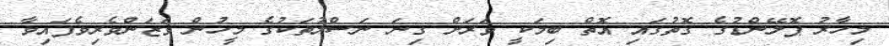
މިހާރު ޕޮލޭންޑުގެ ގޮތުގައި އޮތް ބިމަކީ ވަރަށް ގިނަ ނަސްލުތަކުގެ މީހުން ވަޒަންވެރިވެފައިވާ